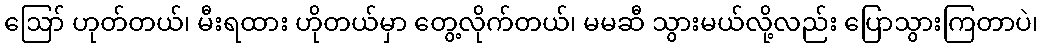
ဪ ဟုတ်တယ်၊ မီးရထား ဟိုတယ်မှာ တွေ့လိုက်တယ်၊ မမဆီ သွားမယ်လို့လည်း ပြောသွားကြတာပဲ၊